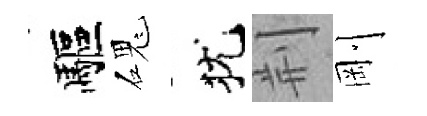
驅磈犹荆剛